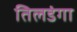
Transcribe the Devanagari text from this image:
तिलडंगा